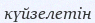
күйзелетін